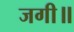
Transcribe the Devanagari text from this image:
जगी॥